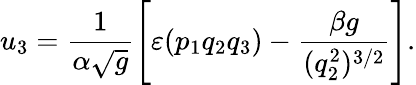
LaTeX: u_{3}=\frac{1}{\alpha\sqrt{g}}\left[\varepsilon(p_{1}q_{2}q_{3})-\frac{\beta g}{(q_{2}^{2})^{3/2}}\right].